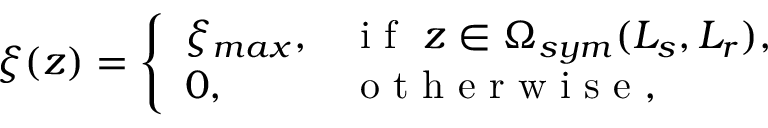
\xi ( z ) = \left\{ \begin{array} { l l } { \xi _ { m a x } , } & { \mathrm { ~ i ~ f ~ } \ z \in \Omega _ { s y m } ( L _ { s } , L _ { r } ) , } \\ { 0 , } & { \mathrm { ~ o ~ t ~ h ~ e ~ r ~ w ~ i ~ s ~ e ~ , ~ } } \end{array} \right.